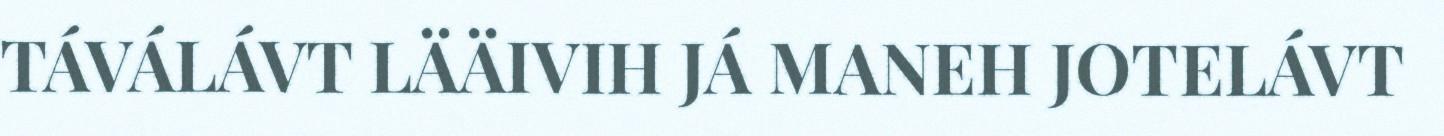
TÁVÁLÁVT LÄÄIVIH JÁ MANEH JOTELÁVT